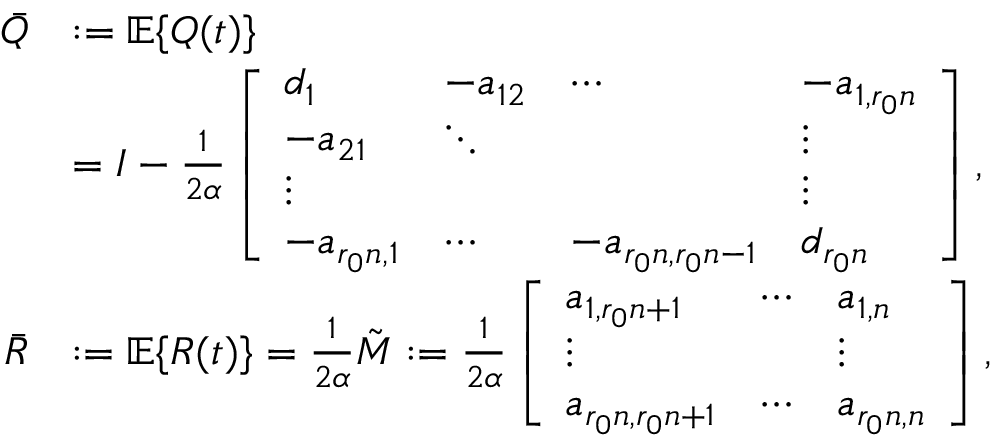
\begin{array} { r l } { \bar { Q } } & { : = \mathbb { E } \{ Q ( t ) \} } \\ & { = I - \frac { 1 } { 2 \alpha } \left[ \begin{array} { l l l l } { d _ { 1 } } & { - a _ { 1 2 } } & { \cdots } & { - a _ { 1 , r _ { 0 } n } } \\ { - a _ { 2 1 } } & { \ddots } & & { \vdots } \\ { \vdots } & & & { \vdots } \\ { - a _ { r _ { 0 } n , 1 } } & { \cdots } & { - a _ { r _ { 0 } n , r _ { 0 } n - 1 } } & { d _ { r _ { 0 } n } } \end{array} \right] , } \\ { \bar { R } } & { : = \mathbb { E } \{ R ( t ) \} = \frac { 1 } { 2 \alpha } \tilde { M } : = \frac { 1 } { 2 \alpha } \left[ \begin{array} { l l l } { a _ { 1 , r _ { 0 } n + 1 } } & { \cdots } & { a _ { 1 , n } } \\ { \vdots } & & { \vdots } \\ { a _ { r _ { 0 } n , r _ { 0 } n + 1 } } & { \cdots } & { a _ { r _ { 0 } n , n } } \end{array} \right] , } \end{array}